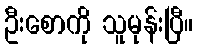
ဦးစောကို သူမုန်းပြီ။